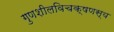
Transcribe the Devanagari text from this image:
गुणशीलविचक्षणस्य